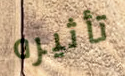
تأثيره